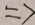
\Rightarrow